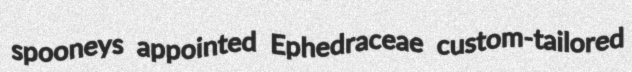
spooneys appointed Ephedraceae custom-tailored